Leaving Certificate Examination (including Day School Certificate (Higher) General paper), 1936
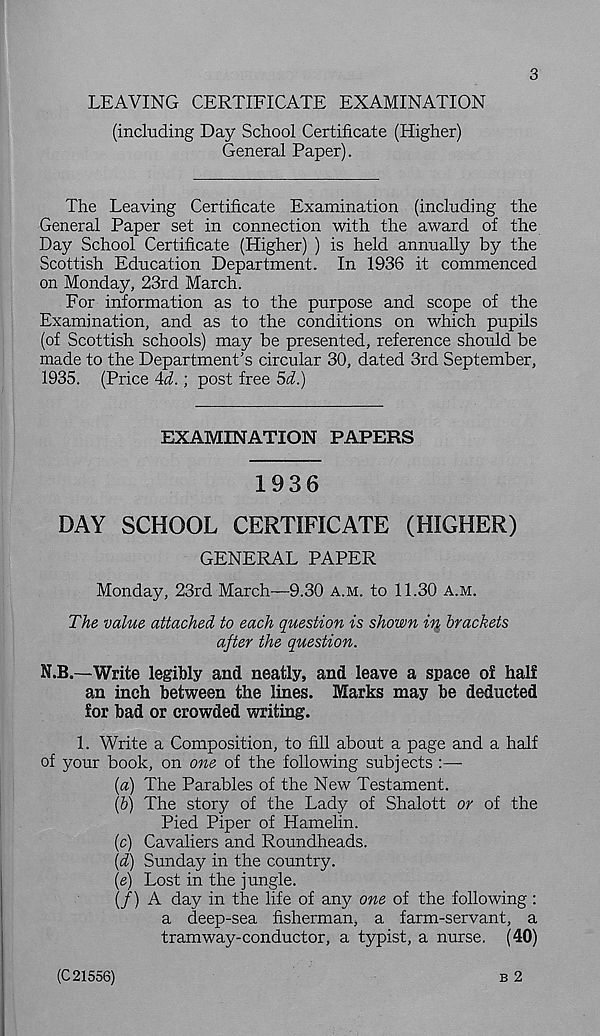
3
LEAVING CERTIFICATE EXAMINATION
(including Day School Certificate (Higher)
General Paper).
The Leaving Certificate Examination (including the
General Paper set in connection with the award of the
Day School Certificate (Higher) ) is held annually by the
Scottish Education Department. In 1936 it commenced
on Monday, 23rd March.
For information as to the purpose and scope of the
Examination, and as to the conditions on which pupils
(of Scottish schools) may be presented, reference should be
made to the Department’s circular 30, dated 3rd September,
1935. (Price Ad.; post free 5i.)
EXAMINATION PAPERS
1936
DAY SCHOOL CERTIFICATE (HIGHER)
GENERAL PAPER
Monday, 23rd March—9.30 A.M. to 11.30 A.M.
The value attached to each question is shown in brackets
after the question.
N.B.—Write legibly and neatly, and leave a space of half
an inch between the lines. Marks may be deducted
for bad or crowded writing.
1. Write a Composition, to fill about a page and a half
of your book, on one of the following subjects :—
(a) The Parables of the New Testament.
(b) The story of the Lady of Shalott or of the
Pied Piper of Hamelin.
(c) Cavaliers and Roundheads.
(d) Sunday in the country.
(e) Lost in the jungle.
(/) A day in the life of any one of the following:
a deep-sea fisherman, a farm-servant, a
tramway-conductor, a typist, a nurse. (40)
B 2
(C 21556)